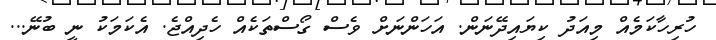
ހުރިހާކަމެއް މިއަދު ކިޔައިދޭނަން. އަހަންނަށް ވެސް ގޯސްތަކެއް ހެދިއްޖެ. އެކަމަކު ނީ ބުނޭ...